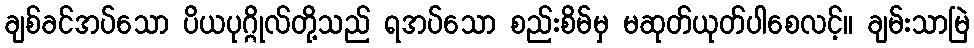
ချစ်ခင်အပ်သော ပိယပုဂ္ဂိုလ်တို့သည် ရအပ်သော စည်းစိမ်မှ မဆုတ်ယုတ်ပါစေလင့်။ ချမ်းသာမြဲ